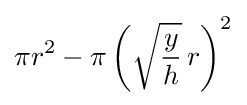
\pi r^{2}-\pi \left({\sqrt {\frac {y}{h}}}\,r\right)^{2}